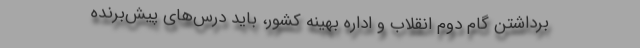
برداشتن گام دوم انقلاب و اداره بهینه کشور، باید درس‌های پیش‌برنده